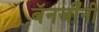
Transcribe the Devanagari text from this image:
बॅनर्जींनी